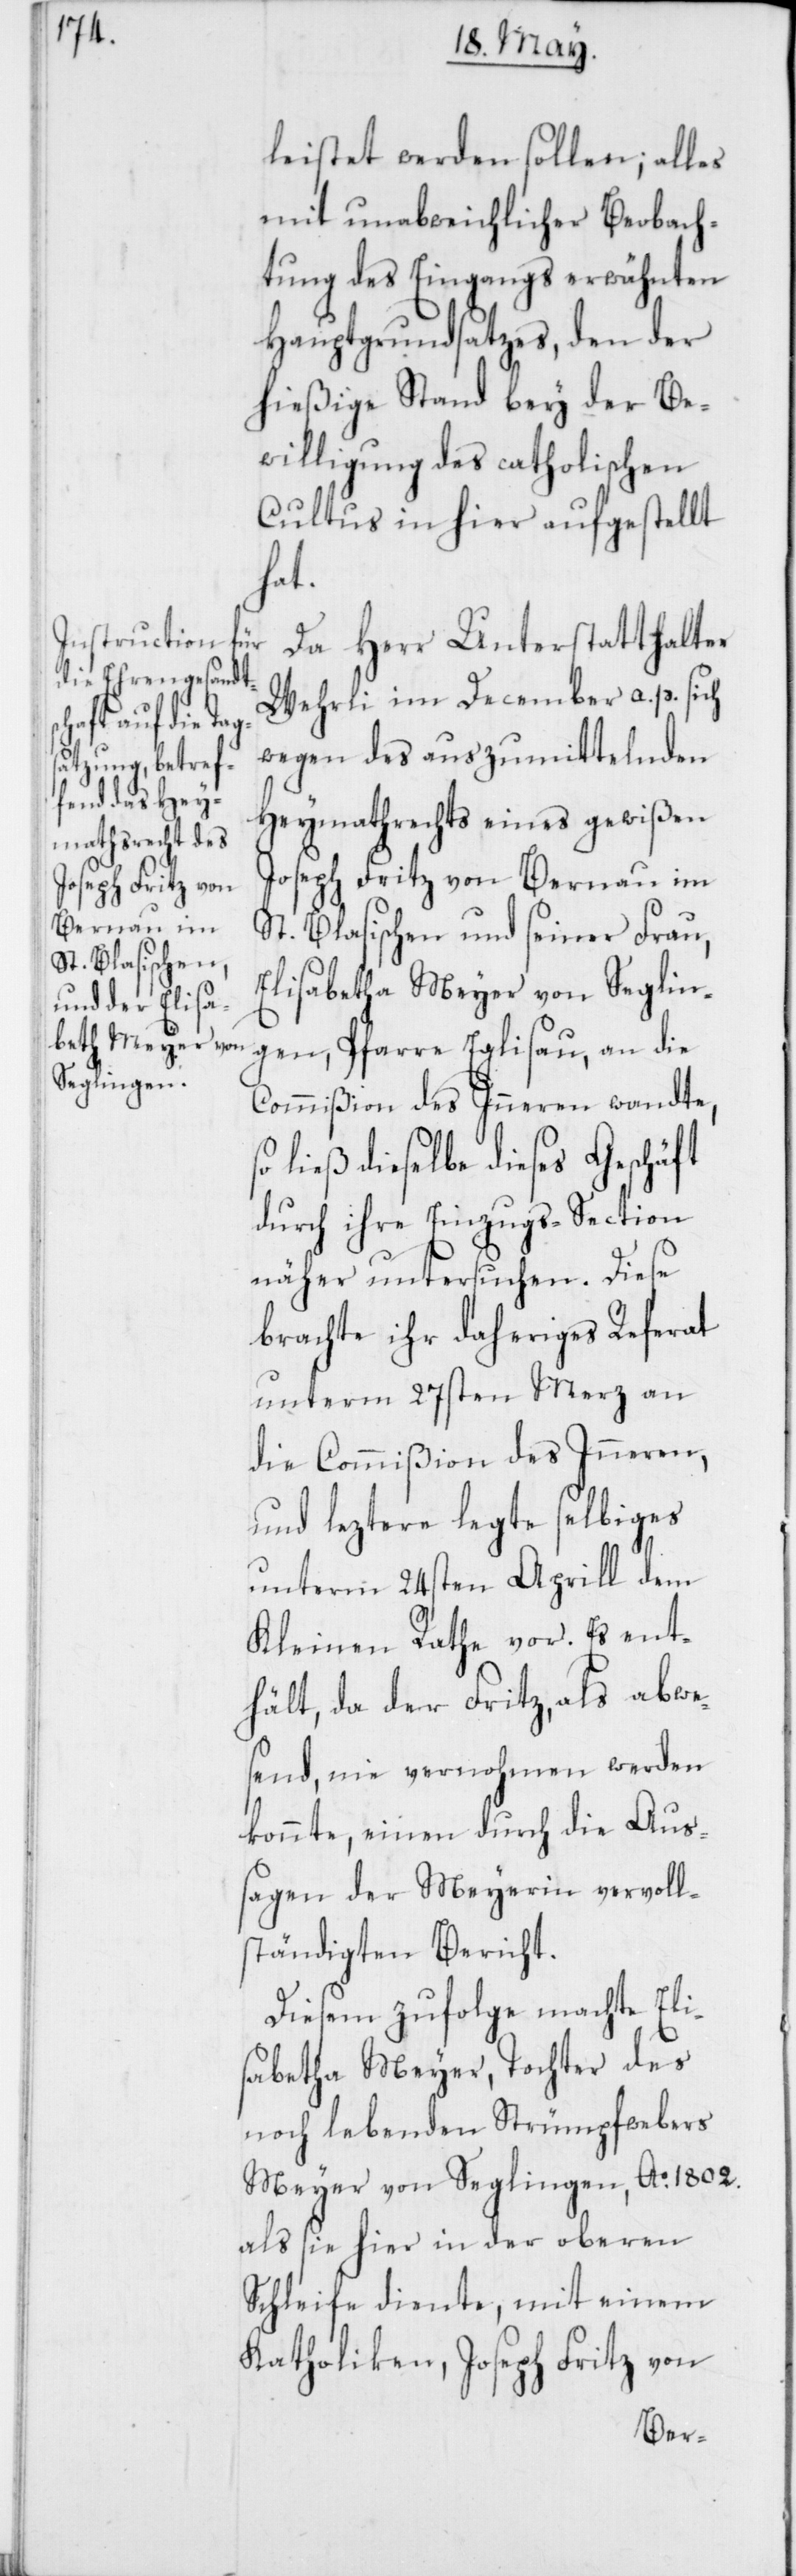
leistet werden sollen; alles
mit unabweichlicher Beobach¬
tung des Eingangs erwähnten
Hauptgrundsatzes, den der
hießige Stand bey der Be¬
willigung des catholischen
Cultus in hier aufgestellt
hat.
Da Herr Unterstatthalter
Wehrli im December a. p. sich
Eglisau, an die
wegen des auszumittelnden
Heymathrechts eines gewißen
Joseph Fritz von Bernau im
St. Blasischen und seiner Frau,
Commißion des Inneren wandte,
so ließ dieselbe dieses Geschäft
durch ihre Einzugs-Section
näher untersuchen. Diese
brachte ihr daheriges Referat
unterm 27sten Merz an
die Commißion des Inneren,
und leztere legte selbiges
unterm 24sten Aprill dem
Kleinen Rathe vor. Es ent¬
hält, da der Fritz, als abwe¬
send, nie vernohmen werden
konnte, einen durch die Aus¬
sagen der Meyerin vervoll¬
ständigten Bericht.
Diesem zufolge machte Eli¬
sabetha Meyer, Tochter des
noch lebenden Strümpfwebers
Meyer von Seglingen, Ao. 1802.
als sie hier in der oberen
Schleife diente, mit einem
Katholiken, Joseph Fritz von